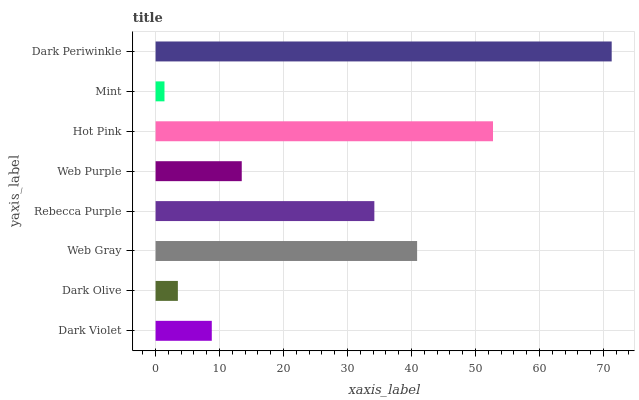
| yaxis_label | bars |
 | --- | --- |
 | Dark Violet | 8.79 |
 | Dark Olive | 3.48 |
 | Web Gray | 40.9 |
 | Rebecca Purple | 34.2 |
 | Web Purple | 13.5 |
 | Hot Pink | 52.7 |
 | Mint | 1.39 |
 | Dark Periwinkle | 71.3 |